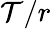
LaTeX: \mathcal{T}/r